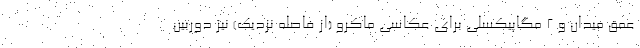
عمق میدان و 2 مگاپیکسلی برای عکاسی ماکرو (از فاصله نزدیک) نیز دوربین